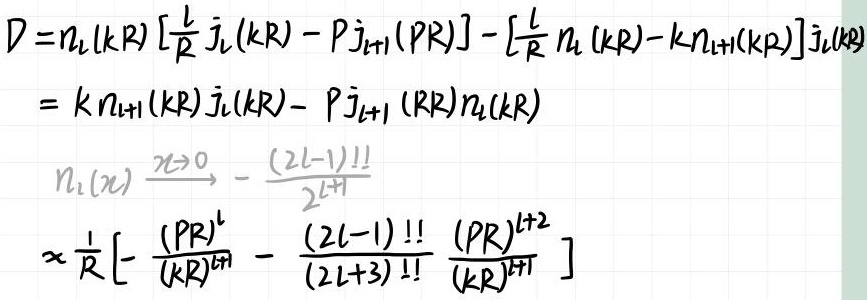
\[
\begin{align*}
D&=n_l(kR)\left[\frac{l}{R}j_l(kR)-Pj_{l + 1}(PR)\right]-\left[\frac{l}{R}n_l(kR)-kn_{l+1}(kR)\right]j_l(kR)\\
&=kn_{l+1}(kR)j_l(kR)-Pj_{l + 1}(PR)n_l(kR)\\
n_l(x)&\xrightarrow{x\rightarrow0}-\frac{(2l - 1)!!}{2^{l+1}}\\
&\propto\frac{1}{R}\left[-\frac{(PR)^l}{(kR)^{l + 1}}-\frac{(2l - 1)!!}{(2l+3)!!}\frac{(PR)^{l+2}}{(kR)^{l+1}}\right]
\end{align*}
\]